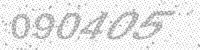
Solution: 090405